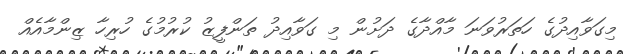
މިގަވާއިދުގެ ހަތަރުވަނަ މާއްދާގެ ދަށުން މި ގަވާއިދު ތަންފީޒު ކުރުމުގެ ހުރިހާ ޒިންމާއެއް